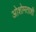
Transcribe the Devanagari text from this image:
ओशोमताशी